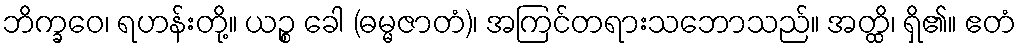
ဘိက္ခဝေ၊ ရဟန်းတို့။ ယဉ္စ ခေါ (ဓမ္မဇာတံ)၊ အကြင်တရားသဘောသည်။ အတ္ထိ၊ ရှိ၏။ ဧတံ